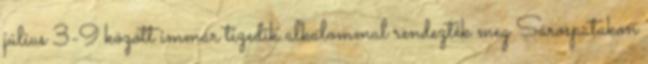
július 3-9 között immár tizedik alkalommal rendezték meg Sárospatakon